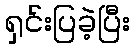
ရှင်းပြခဲ့ပြီး